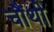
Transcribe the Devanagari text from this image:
चौंथी